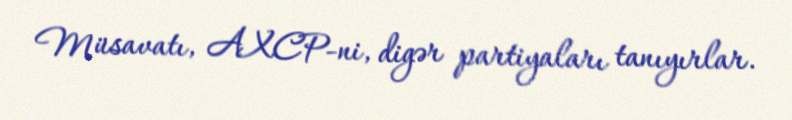
Müsavatı, AXCP-ni, digər partiyaları tanıyırlar.